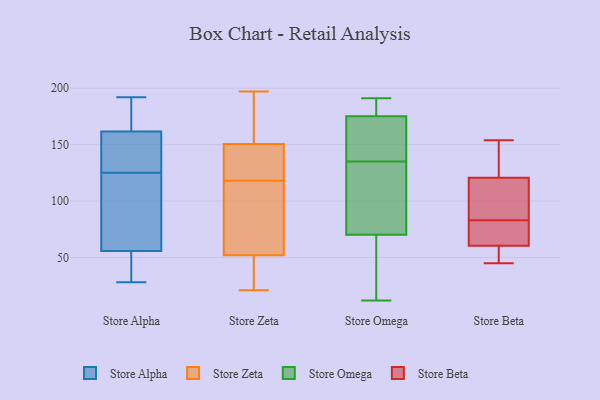
{"axis": {"x": "Headcount", "y": "Value"}, "legend": ["Store Alpha", "Store Beta", "Store Omega", "Store Zeta"], "data": [{"x": "", "y": 192, "type": "Store Alpha"}, {"x": "", "y": 102, "type": "Store Alpha"}, {"x": "", "y": 44, "type": "Store Alpha"}, {"x": "", "y": 172, "type": "Store Alpha"}, {"x": "", "y": 152, "type": "Store Alpha"}, {"x": "", "y": 137, "type": "Store Alpha"}, {"x": "", "y": 79, "type": "Store Alpha"}, {"x": "", "y": 125, "type": "Store Alpha"}, {"x": "", "y": 49, "type": "Store Alpha"}, {"x": "", "y": 169, "type": "Store Alpha"}, {"x": "", "y": 165, "type": "Store Alpha"}, {"x": "", "y": 28, "type": "Store Alpha"}, {"x": "", "y": 76, "type": "Store Alpha"}, {"x": "", "y": 35, "type": "Store Alpha"}, {"x": "", "y": 125, "type": "Store Alpha"}, {"x": "", "y": 160, "type": "Store Zeta"}, {"x": "", "y": 141, "type": "Store Zeta"}, {"x": "", "y": 21, "type": "Store Zeta"}, {"x": "", "y": 161, "type": "Store Zeta"}, {"x": "", "y": 112, "type": "Store Zeta"}, {"x": "", "y": 51, "type": "Store Zeta"}, {"x": "", "y": 125, "type": "Store Zeta"}, {"x": "", "y": 185, "type": "Store Zeta"}, {"x": "", "y": 31, "type": "Store Zeta"}, {"x": "", "y": 135, "type": "Store Zeta"}, {"x": "", "y": 68, "type": "Store Zeta"}, {"x": "", "y": 124, "type": "Store Zeta"}, {"x": "", "y": 85, "type": "Store Zeta"}, {"x": "", "y": 197, "type": "Store Zeta"}, {"x": "", "y": 38, "type": "Store Zeta"}, {"x": "", "y": 53, "type": "Store Zeta"}, {"x": "", "y": 12, "type": "Store Omega"}, {"x": "", "y": 179, "type": "Store Omega"}, {"x": "", "y": 191, "type": "Store Omega"}, {"x": "", "y": 73, "type": "Store Omega"}, {"x": "", "y": 92, "type": "Store Omega"}, {"x": "", "y": 175, "type": "Store Omega"}, {"x": "", "y": 107, "type": "Store Omega"}, {"x": "", "y": 172, "type": "Store Omega"}, {"x": "", "y": 135, "type": "Store Omega"}, {"x": "", "y": 176, "type": "Store Omega"}, {"x": "", "y": 62, "type": "Store Omega"}, {"x": "", "y": 16, "type": "Store Omega"}, {"x": "", "y": 166, "type": "Store Omega"}, {"x": "", "y": 71, "type": "Store Beta"}, {"x": "", "y": 83, "type": "Store Beta"}, {"x": "", "y": 121, "type": "Store Beta"}, {"x": "", "y": 62, "type": "Store Beta"}, {"x": "", "y": 117, "type": "Store Beta"}, {"x": "", "y": 154, "type": "Store Beta"}, {"x": "", "y": 58, "type": "Store Beta"}, {"x": "", "y": 120, "type": "Store Beta"}, {"x": "", "y": 58, "type": "Store Beta"}, {"x": "", "y": 112, "type": "Store Beta"}, {"x": "", "y": 70, "type": "Store Beta"}, {"x": "", "y": 133, "type": "Store Beta"}, {"x": "", "y": 135, "type": "Store Beta"}, {"x": "", "y": 60, "type": "Store Beta"}, {"x": "", "y": 45, "type": "Store Beta"}]}